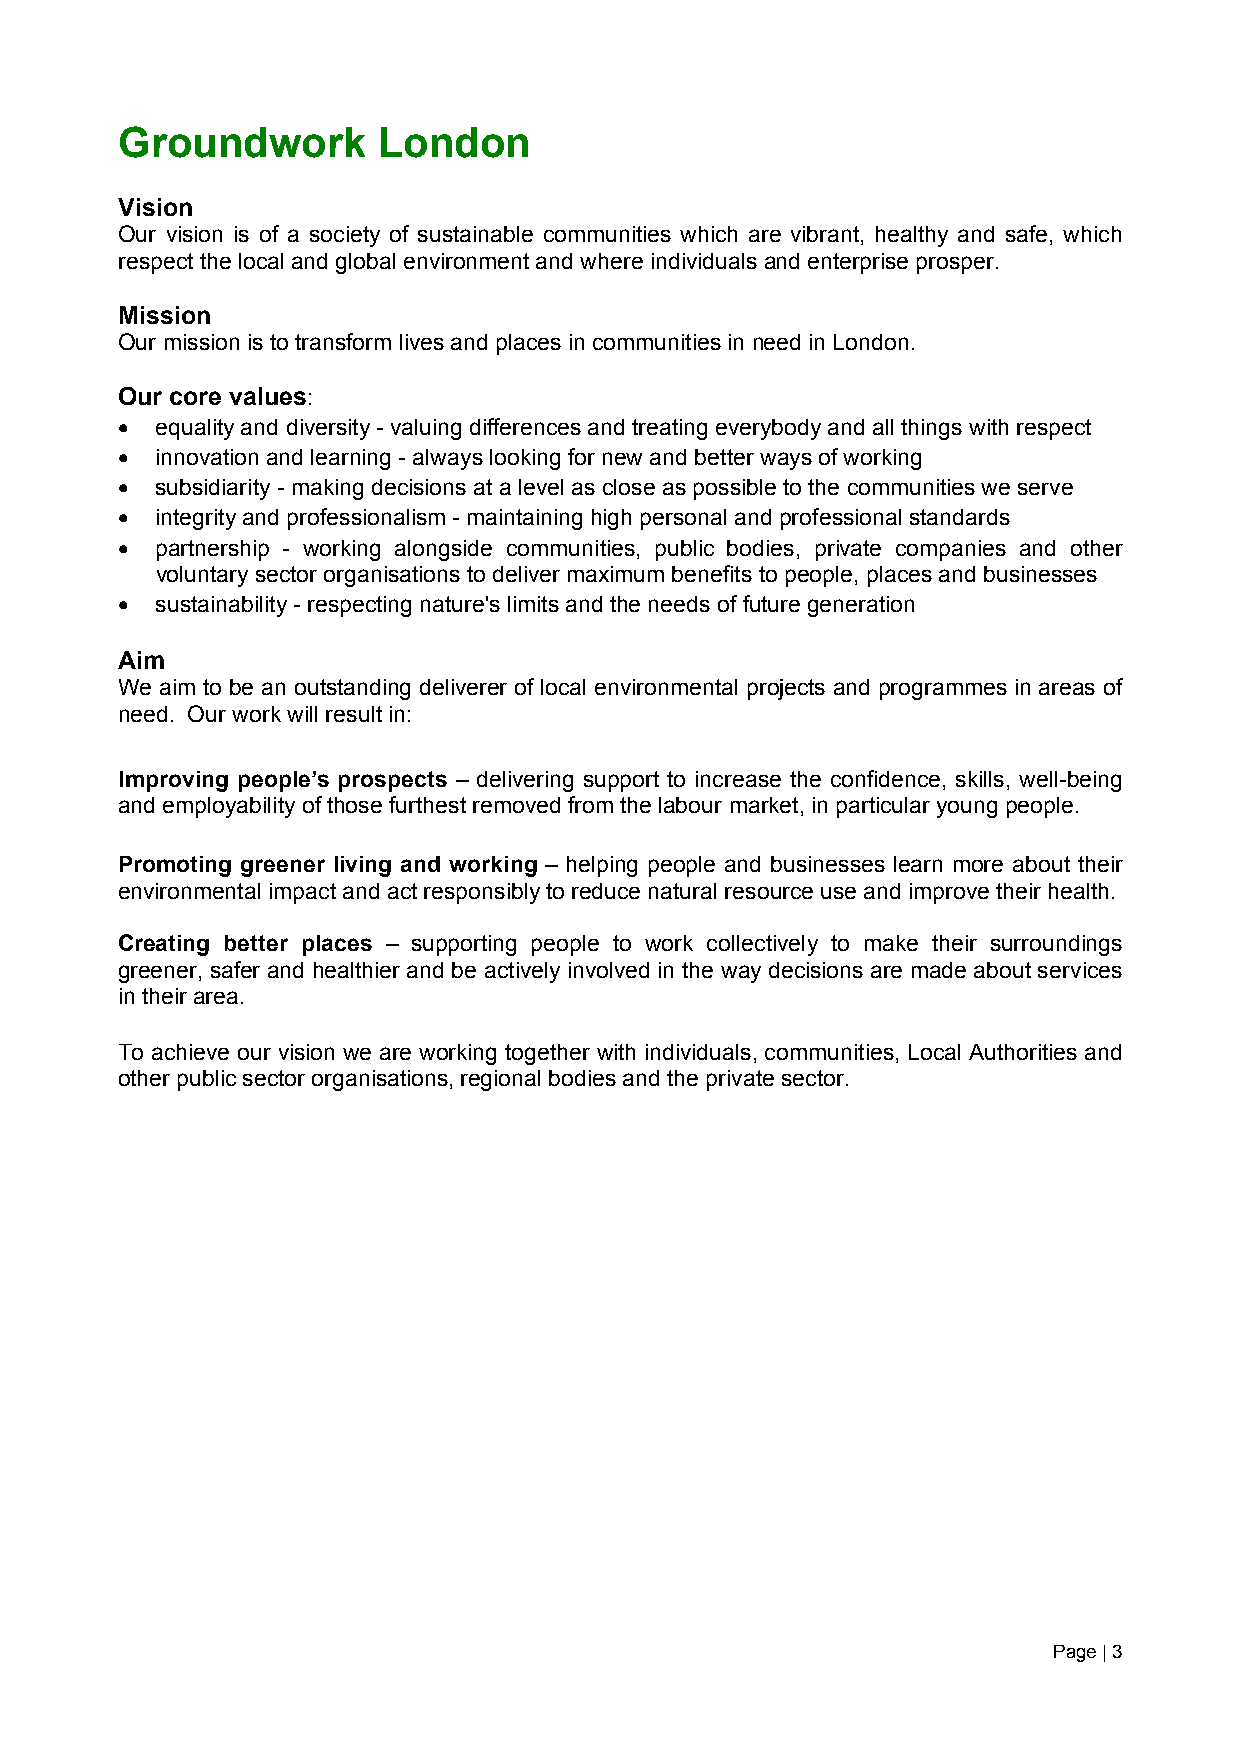
Groundwork       London
 Vision
 Our vision is of a society of sustainable communities which are vibrant, healthy and safe, which
 respect the local and global environment and where individuals and enterprise prosper.
 Mission
 Our mission is to transform lives and places in communities in need in London.
 Our core values:
  equality and diversity - valuing differences and treating everybody and all things with respect
  innovation and learning - always looking for new and better ways of working
  subsidiarity - making decisions at a level as close as possible to the communities we serve
  integrity and professionalism - maintaining high personal and professional standards
  partnership - working alongside communities, public bodies, private companies and other
 voluntary sector organisations to deliver maximum benefits to people, places and businesses
  sustainability - respecting nature's limits and the needs of future generation
 Aim
 We aim to be an outstanding deliverer of local environmental projects and programmes in areas of
 need. Our work will result in:
 Improving people’s prospects – delivering support to increase the confidence, skills, well-being
 and employability of those furthest removed from the labour market, in particular young people.
 Promoting greener living and working – helping people and businesses learn more about their
 environmental impact and act responsibly to reduce natural resource use and improve their health.
 Creating better places – supporting people to work collectively to make their surroundings
 greener, safer and healthier and be actively involved in the way decisions are made about services
 in their area.
 To achieve our vision we are working together with individuals, communities, Local Authorities and
 other public sector organisations, regional bodies and the private sector.
 Page | 3